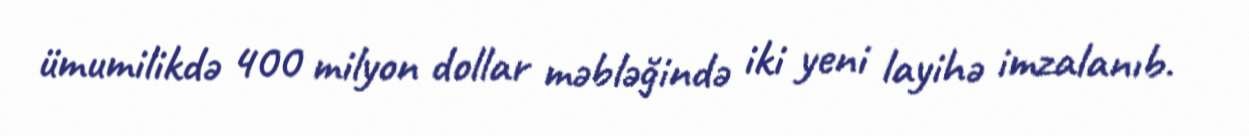
ümumilikdə 400 milyon dollar məbləğində iki yeni layihə imzalanıb.